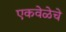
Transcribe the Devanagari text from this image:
एकवेळेचे